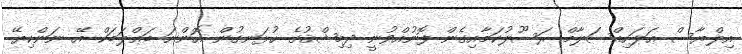
އިލްޔާސް ޢަލަހިއްސަލާމް ރަސޫލުކަމާއިގެން ފޮނުއްވުނީ ދިމިޝްޤުގެ ހުޅަނގުން އޮންނަ ބަޢްލަބަކް އޭ ނަންކިޔޭ